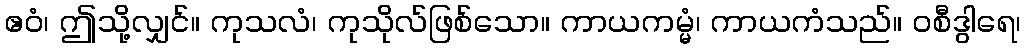
ဧဝံ၊ ဤသို့လျှင်။ ကုသလံ၊ ကုသိုလ်ဖြစ်သော။ ကာယကမ္မံ၊ ကာယကံသည်။ ဝစီဒွါရေ၊